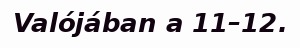
Valójában a 11–12.